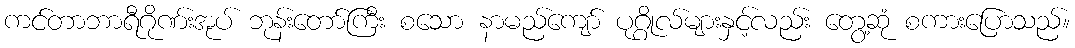
ကင်တာဘာရီဂိုဏ်းအုပ် ဘုန်းတော်ကြီး စသော နာမည်ကျော် ပုဂ္ဂိုလ်များနှင့်လည်း တွေ့ဆုံ စကားပြောသည်။